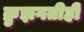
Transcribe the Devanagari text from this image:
क्रुझगतीही